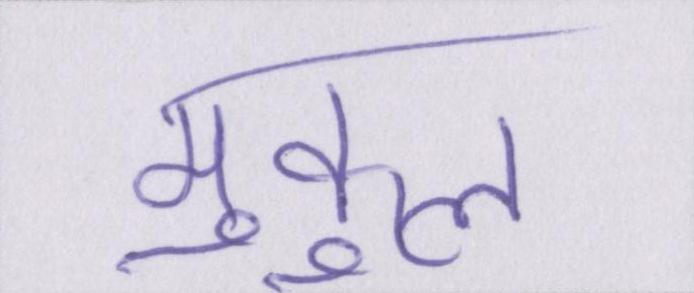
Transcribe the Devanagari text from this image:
मुकुल